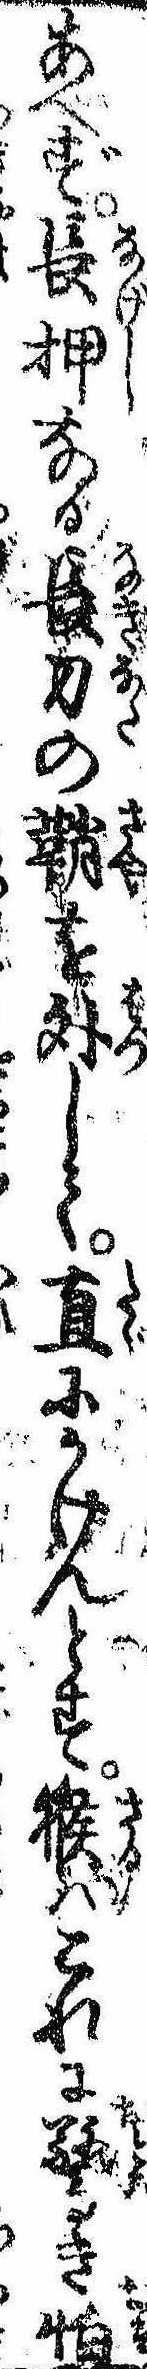
あへず長押なる長刀の鞘を外して直にかけんとす猴はこれに驚き怕